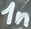
Text: 1n